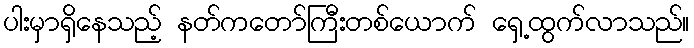
ပါးမှာရှိနေသည့် နတ်ကတော်ကြီးတစ်ယောက် ရှေ့ထွက်လာသည်။